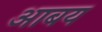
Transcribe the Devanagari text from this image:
आबय